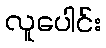
လူပေါင်း